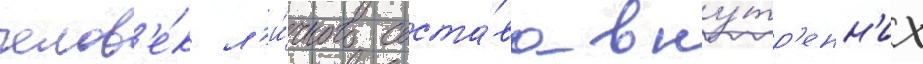
челов'е́к л'и́чного соста́ва вну́тр'енн'их